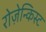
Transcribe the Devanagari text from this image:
रोज़ेन्किस्ट